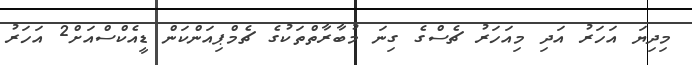
މިދިޔަ އަހަރު އަދި މިއަހަރު ޗެސްގެ ގިނަ މުބާރާތްތަކުގެ ޗެމްޕިއަންކަން ޑީއެކްސްއަށް2 އަހަރު